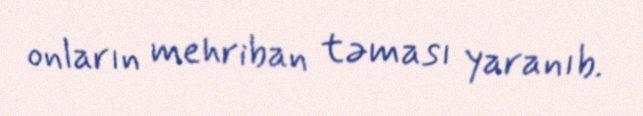
onların mehriban təması yaranıb.